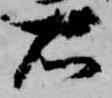
右